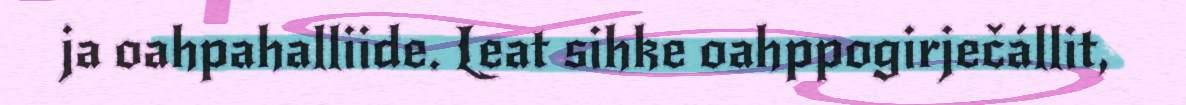
ja oahpahalliide. Leat sihke oahppogirječállit,